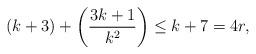
LaTeX: \begin{align*}(k+3)+\left(\frac{3k+1}{k^2}\right)\le k+7=4r,\end{align*}